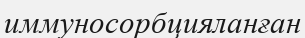
иммуносорбцияланған